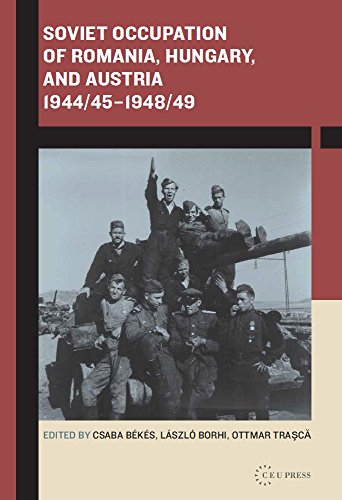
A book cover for Soviet Occupation of Romania, Hungary, and Austria 1944/45-1948/49; Csaba Bekes; History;